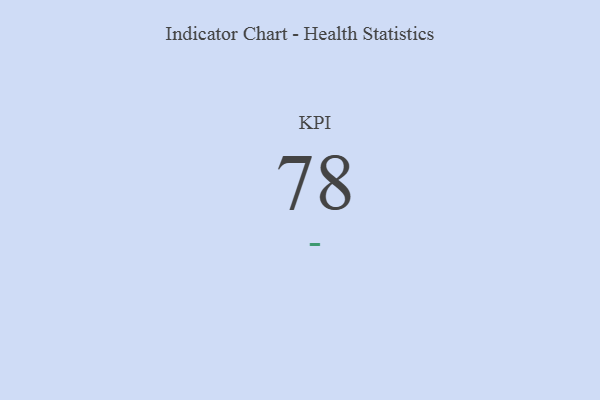
{"axis": {"x": "KPI", "y": "Value"}, "legend": [""], "data": [{"x": "KPI", "y": 78, "type": ""}]}